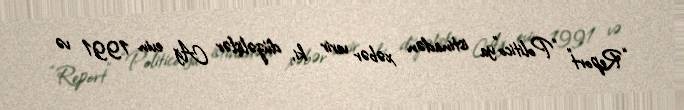
“Report” “Politico”ya istinadən xəbər verir ki, düzəlişlər Ağ evin 1991 və